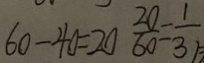
6 0 - 4 0 = 2 0 \frac { 2 0 } { 6 0 } = \frac { 1 } { 3 }